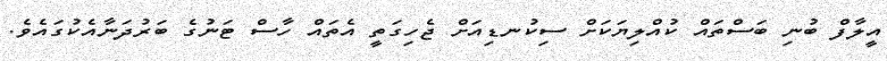
އީލާފް ބުނި ބަސްތައް ކުއްލިޔަކަށް ސިކުނޑިއަށް ޖެހިގަތީ އެތައް ހާސް ޓަނުގެ ބަރުދަނާއެކުގައެވެ.